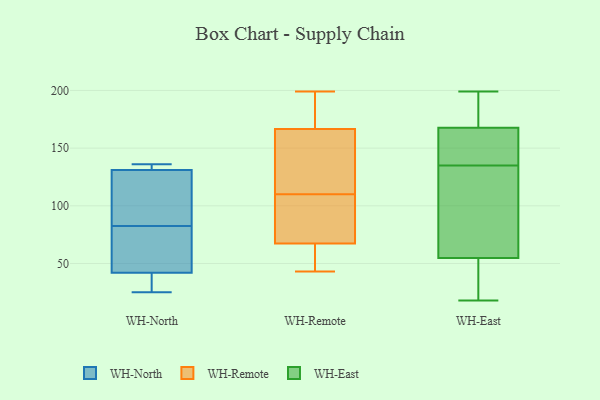
{"axis": {"x": "Demand Index", "y": "Value"}, "legend": ["WH-East", "WH-North", "WH-Remote"], "data": [{"x": "", "y": 105, "type": "WH-North"}, {"x": "", "y": 131, "type": "WH-North"}, {"x": "", "y": 35, "type": "WH-North"}, {"x": "", "y": 136, "type": "WH-North"}, {"x": "", "y": 83, "type": "WH-North"}, {"x": "", "y": 25, "type": "WH-North"}, {"x": "", "y": 42, "type": "WH-North"}, {"x": "", "y": 131, "type": "WH-North"}, {"x": "", "y": 82, "type": "WH-North"}, {"x": "", "y": 49, "type": "WH-North"}, {"x": "", "y": 85, "type": "WH-Remote"}, {"x": "", "y": 199, "type": "WH-Remote"}, {"x": "", "y": 193, "type": "WH-Remote"}, {"x": "", "y": 111, "type": "WH-Remote"}, {"x": "", "y": 159, "type": "WH-Remote"}, {"x": "", "y": 110, "type": "WH-Remote"}, {"x": "", "y": 62, "type": "WH-Remote"}, {"x": "", "y": 152, "type": "WH-Remote"}, {"x": "", "y": 43, "type": "WH-Remote"}, {"x": "", "y": 71, "type": "WH-Remote"}, {"x": "", "y": 189, "type": "WH-Remote"}, {"x": "", "y": 53, "type": "WH-Remote"}, {"x": "", "y": 69, "type": "WH-Remote"}, {"x": "", "y": 18, "type": "WH-East"}, {"x": "", "y": 151, "type": "WH-East"}, {"x": "", "y": 169, "type": "WH-East"}, {"x": "", "y": 137, "type": "WH-East"}, {"x": "", "y": 25, "type": "WH-East"}, {"x": "", "y": 175, "type": "WH-East"}, {"x": "", "y": 104, "type": "WH-East"}, {"x": "", "y": 78, "type": "WH-East"}, {"x": "", "y": 38, "type": "WH-East"}, {"x": "", "y": 164, "type": "WH-East"}, {"x": "", "y": 199, "type": "WH-East"}, {"x": "", "y": 106, "type": "WH-East"}, {"x": "", "y": 47, "type": "WH-East"}, {"x": "", "y": 178, "type": "WH-East"}, {"x": "", "y": 135, "type": "WH-East"}]}